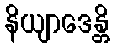
နိယျာဒေန္တိ